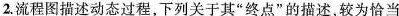
2.流程图描述动态过程，下列关于其”终点”的描述，较为恰当